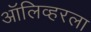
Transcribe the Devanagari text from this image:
ऑलिव्हरला